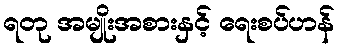
ရတု အမျိုးအစားနှင့် ရေးစပ်ဟန်